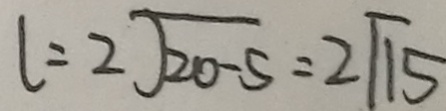
l = 2 \sqrt { 2 0 - 5 } = 2 \sqrt { 1 5 }